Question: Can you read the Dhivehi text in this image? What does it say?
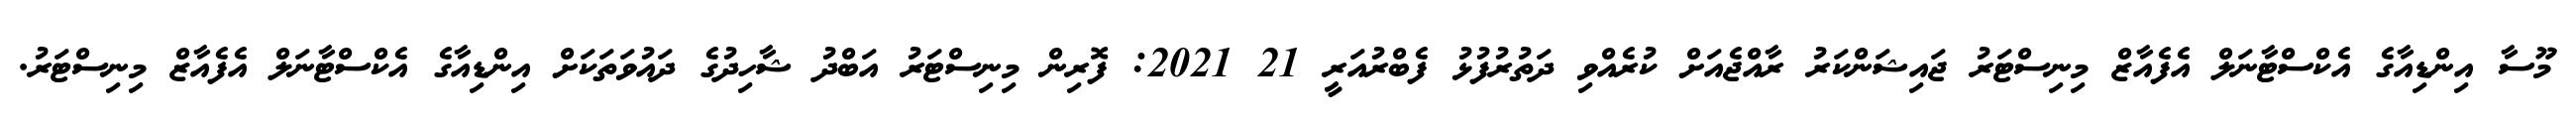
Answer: މޫސާ އިންޑިއާގެ އެކްސްޓާނަލް އެފެއާޒް މިނިސްޓަރު ޖައިޝަންކަރު ރާއްޖެއަށް ކުރެއްވި ދަތުރުފުޅު ފެބްރުއަރީ 21 2021: ފޮރިން މިނިސްޓަރު އަބްދު ޝާހިދުގެ ދައުވަތަކަށް އިންޑިއާގެ އެކްސްޓާނަލް އެފެއާޒް މިނިސްޓަރު.